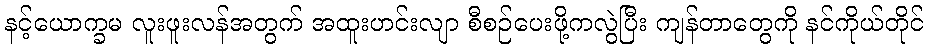
နင့်ယောက္ခမ လူးဖူးလန်အတွက် အထူးဟင်းလျာ စီစဉ်ပေးဖို့ကလွဲပြီး ကျန်တာတွေကို နင်ကိုယ်တိုင်